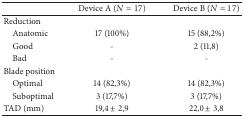
|  | Device A (N = 17) | Device B (N = 17) |
 | --- | --- | --- |
 | Reduction |  |  |
 | Anatomic | 17 (100%) | 15 (88,2%) |
 | Good | - | 2 (11,8) |
 | Bad | - | - |
 | Blade position |  |  |
 | Optimal | 14 (82,3%) | 14 (82,3%) |
 | Suboptimal | 3 (17,7%) | 3 (17,7%) |
 | TAD (mm) | 19,4 ± 2,9 | 22,0 ± 3,8 |